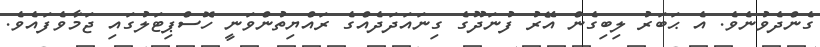
ގެންދެވުނެވެ. އެ ޙަބަރު ލިބިގެން އޭރު ފުނަދޫގެ ގިނައަދަދެއްގެ ރައްޔިތުންވަނީ ހޮސްޕިޓަލުގައި ޖަމާވެފައެވެ.